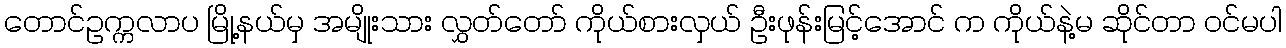
တောင်ဥက္ကလာပ မြို့နယ်မှ အမျိုးသား လွှတ်တော် ကိုယ်စားလှယ် ဦးဖုန်းမြင့်အောင် က ကိုယ်နဲ့မ ဆိုင်တာ ဝင်မပါ